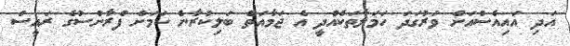
އަދި އައިއެސްއަށް ވަރުގަދަ ހަމަލާތަކެއްދީ އެ ޖަމާއަތް ބަލިކުރާނެ ކަމަށް ފްރާންސުގެ ރައީސް